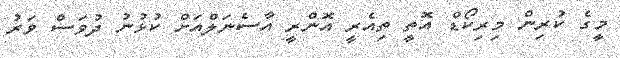
މީގެ ކުރިން މިރިކޯޑް އޮތީ ތިއެރީ އޮންރީ އާސެނަލްއަށް ކުޅުނު ދުވަސް ވަރު